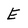
Character: E